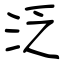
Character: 泛